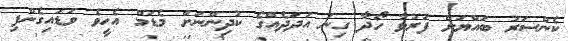
ކެންސަރު ބައްޔަށް ފަރުވާ ހޯދާ ގިނަ އަދަދެއްގެ ކުދިންނަށް މެޑަމް އެހީވެ ވަޑައިގެންފި